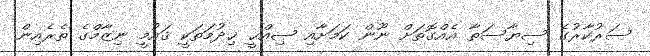
ސަރުކާރުގެ ސިޔާސަތާ އެއްގޮތަށް ނޫން ކަމަށާއި ޞިއްޙީ ޚިދުމަތަކީ ޤައުމީ ނިޒާމްގެ ތެރެއިން